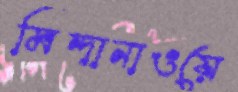
মিন্দানাওয়ে